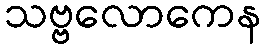
သဗ္ဗလောကေန